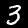
Digit: 3